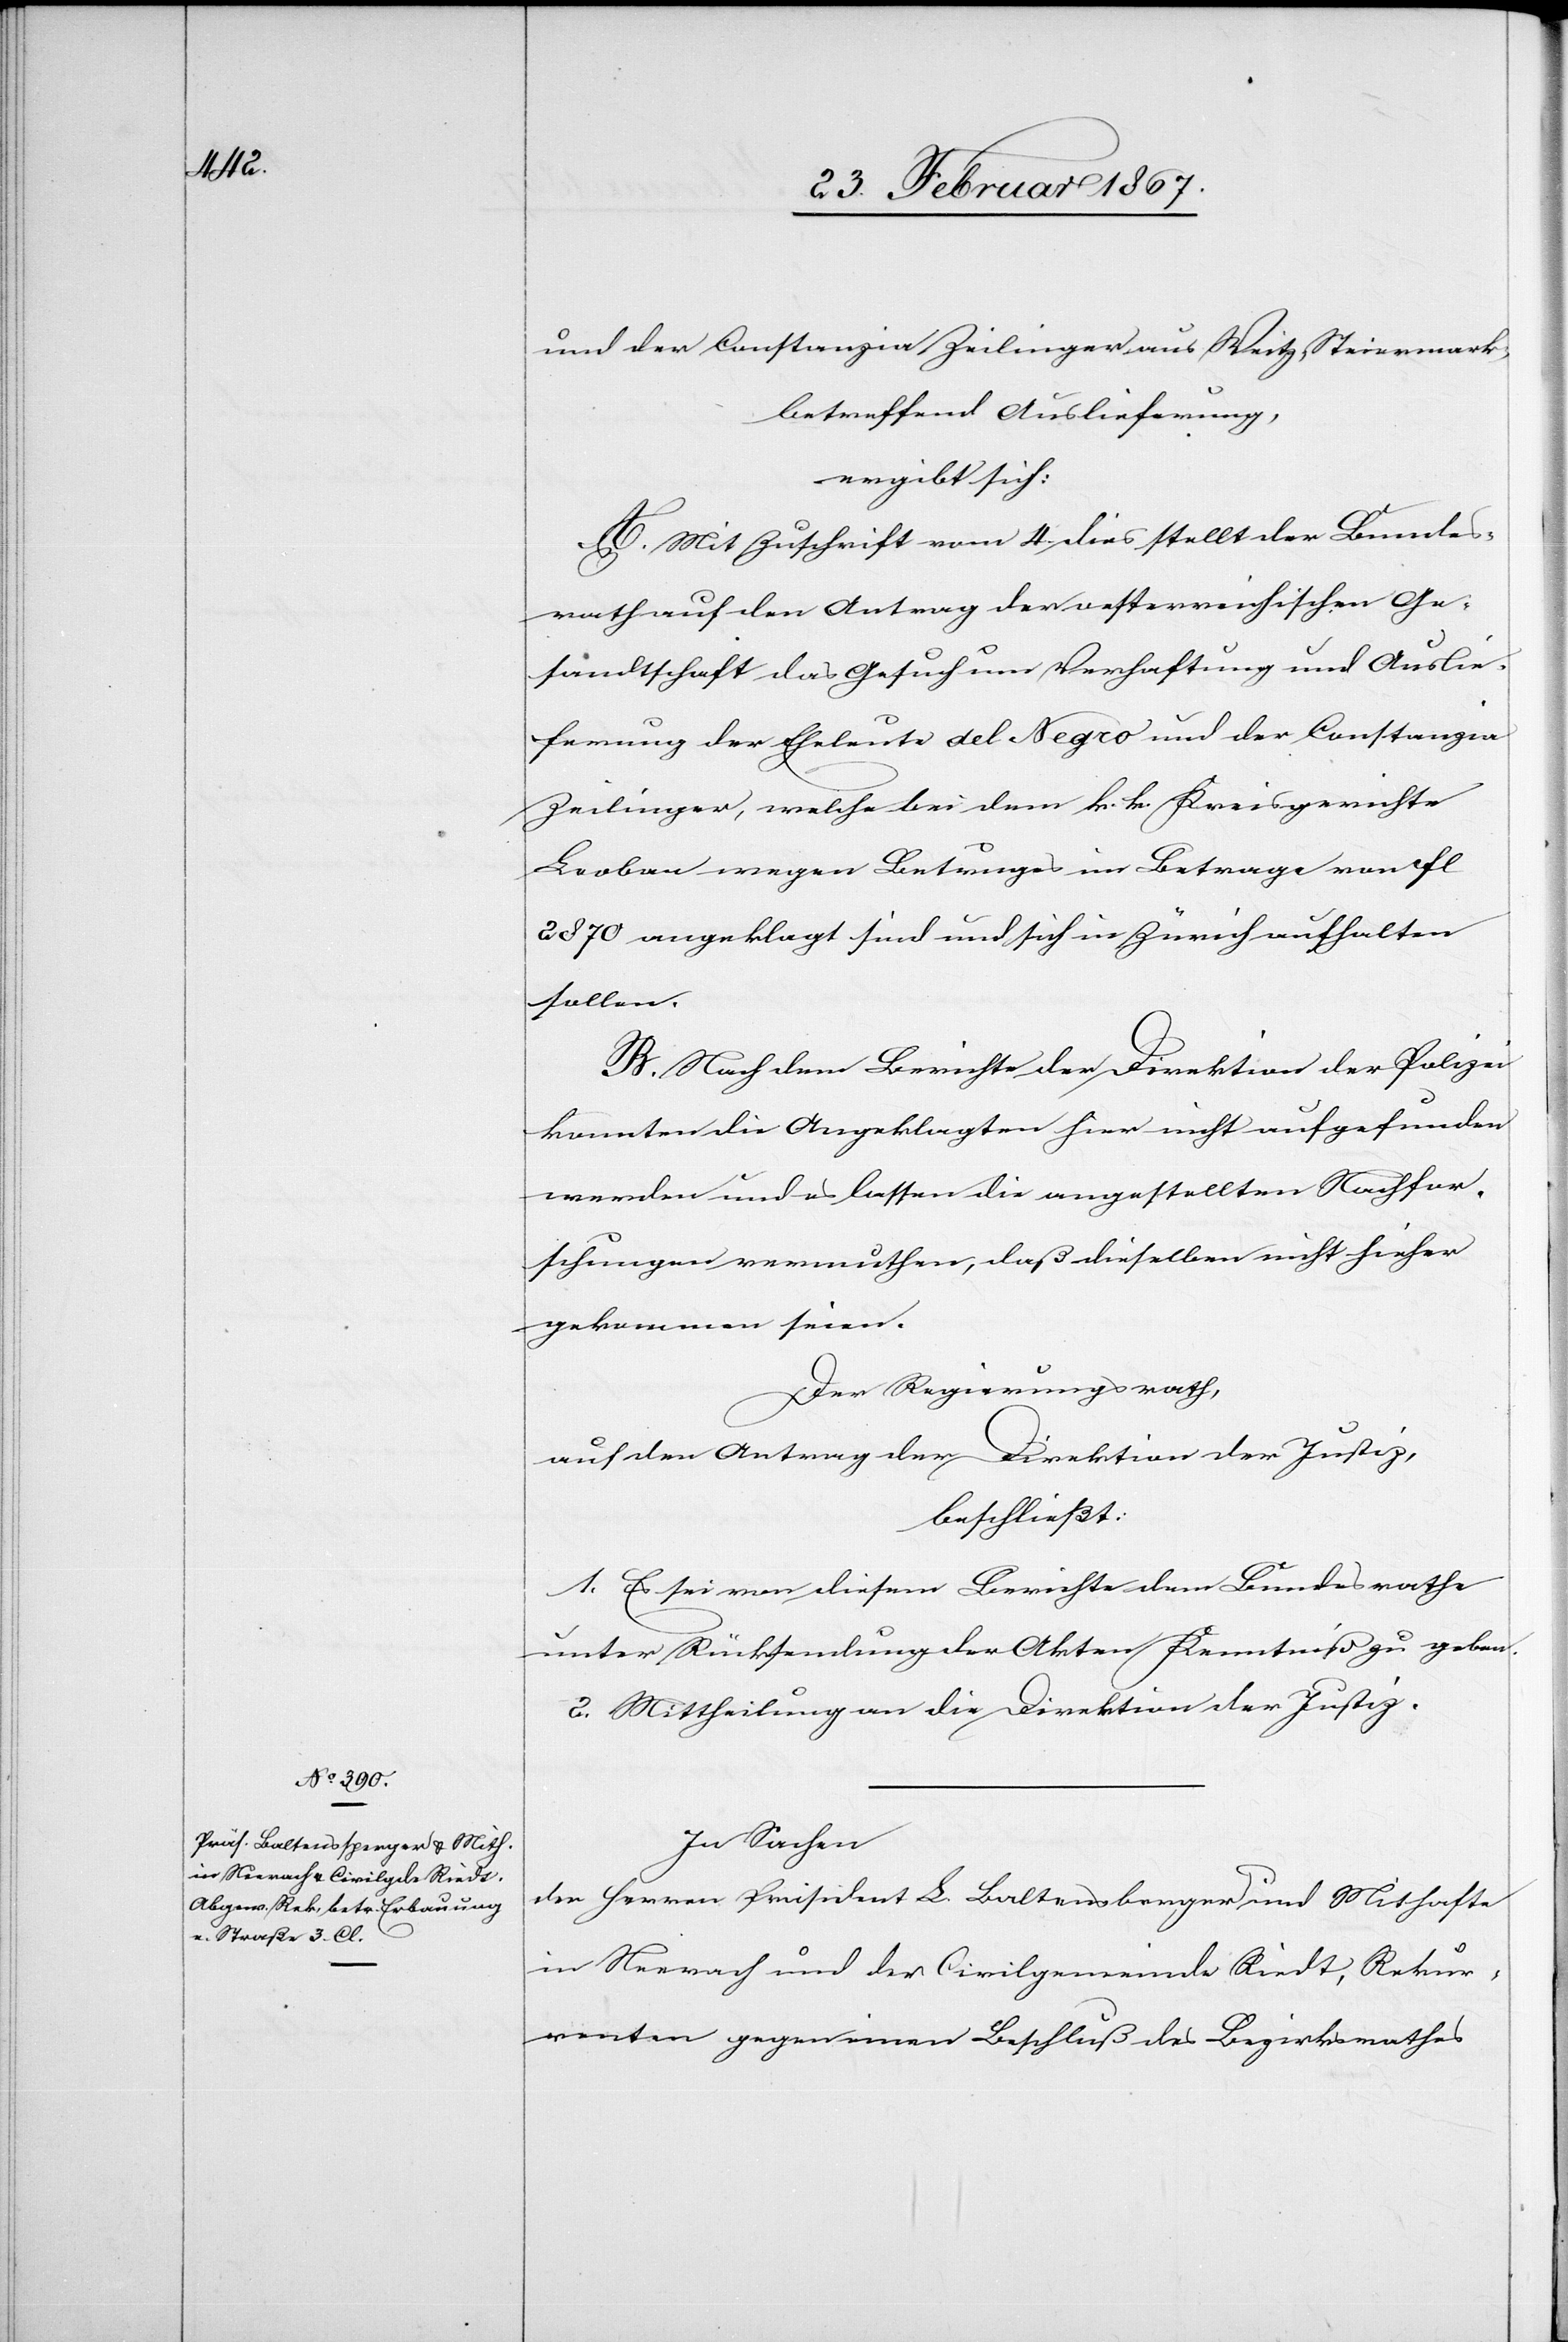
und der Constanzia Zeilinger aus Weitz [sic!], Steiermark,
betreffend Auslieferung,
ergibt sich:
A. Mit Zuschrift vom 4. dies stellt der Bundes¬
rath auf den Antrag der oesterreichischen Ge¬
sandtschaft das Gesuch um Verhaftung und Auslie¬
ferung der Eheleute del Negro und der Constanzia
Zeilinger, welche bei dem k. k. Kreisgerichte
Leoben wegen Betruges im Betrage von fl
2870 angeklagt sind und sich in Zürich aufhalten
sollen.
B. Nach dem Berichte der Direktion der Polizei
konnten die Angeklagten hier nicht aufgefunden
werden und es lassen die angestellten Nachfor¬
schungen vermuthen, daß dieselben nicht hieher
gekommen seien.
Der Regierungsrath,
auf den Antrag der Direktion der Justiz,
beschließt:
1. Es sei von diesem Berichte dem Bundesrathe
unter Rücksendung der Akten Kenntniß zu geben.
2. Mittheilung an die Direktion der Justiz.
In Sachen
der Herren Präsident L. Baltensberger [sic!] und Mithafte
in Neerach und der Civilgemeinde Riedt, Rekur¬
renten gegen einen Beschluß des Bezirksrathes